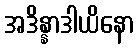
အဒိန္နာဒါယိနော